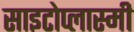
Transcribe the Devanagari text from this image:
साइटोप्लास्मी